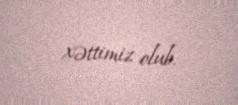
xəttimiz olub.